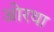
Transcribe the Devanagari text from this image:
ओरथा